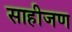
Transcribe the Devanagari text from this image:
साहीजण